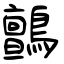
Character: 鸇